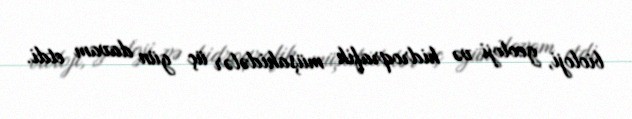
bioloji, geoloji və hidroqrafik müşahidələr üç gün davam etdi.